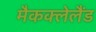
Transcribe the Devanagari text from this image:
मैकक्लेलैंड